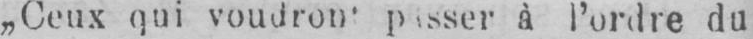
à l’ordre du